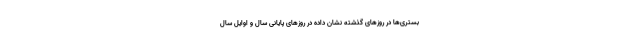
بستری‌ها در روزهای گذشته نشان داده در روزهای پایانی سال و اوایل سال